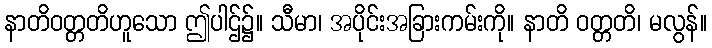
နာတိဝတ္တတိဟူသော ဤပါဌ်၌။ သီမာ၊ အပိုင်းအခြားကမ်းကို။ နာတိ ဝတ္တတိ၊ မလွန်။